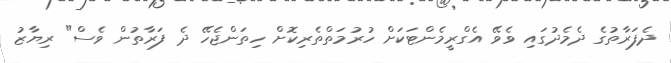
ދެފަރާތުގެ ދެމެދުގައި ވެވޭ އެގްރީމެންޓަކަށް ހުރުމަތްތެރިކޮށް ހިތަންޖެހޭ ދެ ފަރާތުން ވެސް" ރިޔާޒު